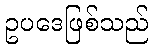
ဥပဒေဖြစ်သည်